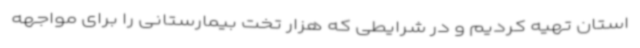
استان تهیه کردیم و در شرایطی که هزار تخت بیمارستانی را برای مواجهه